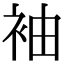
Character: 袖